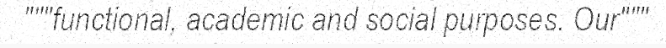
"""functional, academic and social purposes. Our"""